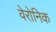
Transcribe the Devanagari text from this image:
वेरोनिक